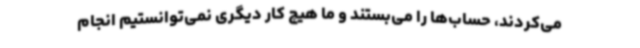
می‌کردند، حساب‌ها را می‌بستند و ما هیچ‌ کار دیگری نمی‌توانستیم انجام